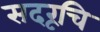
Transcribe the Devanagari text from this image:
सदरूचि